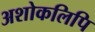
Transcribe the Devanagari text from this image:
अशोकलिपि